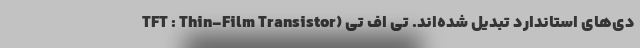
دی‌های استاندارد تبدیل شده‌اند. تی اف تی (TFT : Thin-Film Transistor